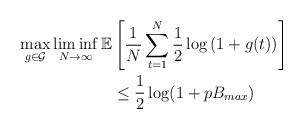
LaTeX: \begin{align*}\max_{g \in \mathcal{G}} \liminf_{N \to \infty} \mathbb{E} & \left[ \frac{1}{N} \displaystyle\sum\limits_{t = 1}^N \frac{1}{2} \log\left( 1 + g( t) \right) \right] \\& \leq \frac{1}{2}\log(1+pB_{max})\end{align*}